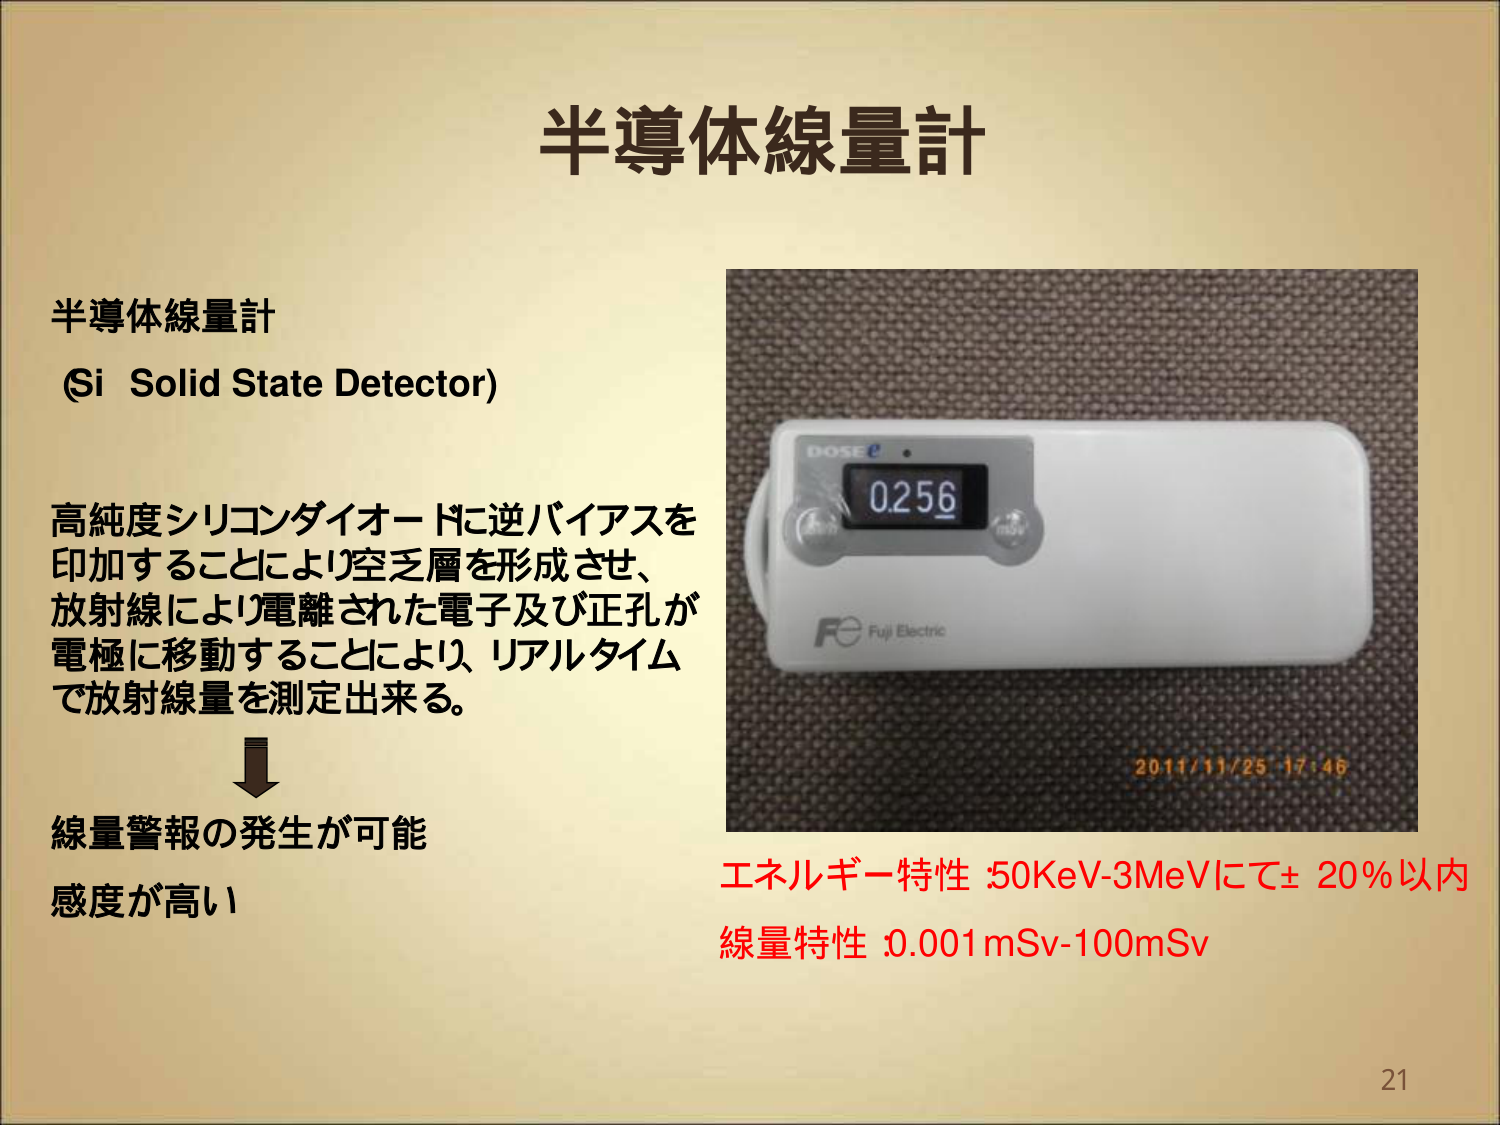
半導体線量計

半導体線量計
(Si Solid State Detector)

高純度シリコンダイオードに逆バイアスを
印加することにより空乏層を形成させ、
放射線により電離された電子及び正孔が
電極に移動することにより、リアルタイム
で放射線量を測定出来る。

↓

線量警報の発生が可能
感度が高い

DOSE
0.256
TRIG
Fuji Electric

2011/11/25 17:46

エネルギー特性 :50KeV-3MeVにて±20％以内
線量特性 :0.001mSv-100mSv

21